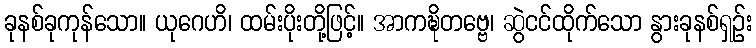
ခုနစ်ခုကုန်သော။ ယုဂေဟိ၊ ထမ်းပိုးတို့ဖြင့်။ အာကဍ္ဎိတဗ္ဗေ၊ ဆွဲငင်ထိုက်သော နွားခုနစ်ရှဉ်း